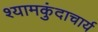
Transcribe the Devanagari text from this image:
श्यामकुंदाचार्य